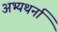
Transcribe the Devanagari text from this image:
अभ्यथर्ना